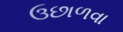
ઉછાળવા